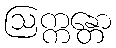
ဩက္ကန္တော